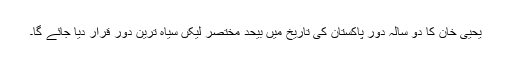
یحییٰ خان کا دو سالہ دور پاکستان کی تاریخ میں بیحد مختصر لیکں سیاہ ترین دور قرار دیا جائے گا۔